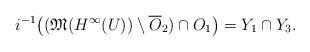
LaTeX: \begin{align*}i^{-1}\bigl((\mathfrak M(H^\infty(U))\setminus \overline{O}_2)\cap O_1\bigr) =Y_1\cap Y_3.\end{align*}